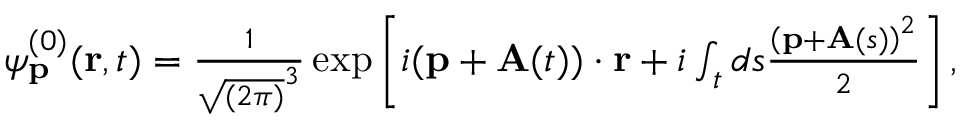
\begin{array} { r } { \psi _ { \mathbf { p } } ^ { ( 0 ) } ( \mathbf { r } , t ) = \frac { 1 } { \sqrt { ( 2 \pi ) } ^ { 3 } } \exp \left[ i ( \mathbf { p } + \mathbf { A } ( t ) ) \cdot \mathbf { r } + i \int _ { t } d s \frac { \left( \mathbf { p } + \mathbf { A } ( s ) \right) ^ { 2 } } { 2 } \right] , } \end{array}